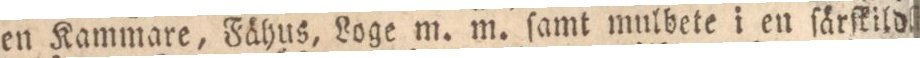
en Kammare, Fähus, Loge m. m. ſamt mulbete i en ſärſkild